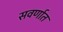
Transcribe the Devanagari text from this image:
सवर्णात